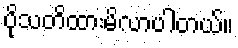
ပိုသတိထားမိလာပါတယ်။